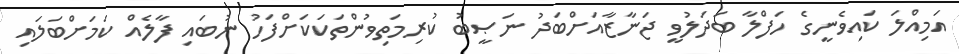
އަމިއްލަ ކައިވެނީގެ ހަފްލާ ބަދަލުވީ ޖަނާޒާއަށްބަދު ނަޞީބު ކުރިމަތިވުންތަކަކަށްފަހު ނުބައި ފާލެއް ކަމަށްބަލައި